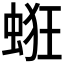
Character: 𧋵